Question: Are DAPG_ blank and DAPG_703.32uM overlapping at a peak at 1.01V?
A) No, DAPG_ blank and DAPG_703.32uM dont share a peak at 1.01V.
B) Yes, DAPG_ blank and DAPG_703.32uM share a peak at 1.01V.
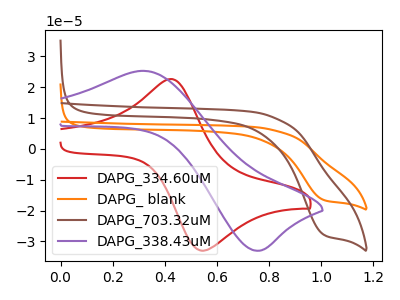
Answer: <think>The red curve "DAPG_334.60uM" has an anodic peak at (0.45V, 22.65uA) and a cathodic peak at (0.55V, -33.05uA). The orange curve "DAPG_ blank" has a cathodic peak at: (1.00V, -16.50uA). The brown curve "DAPG_703.32uM" has a cathodic peak at: (1.00V, -27.75uA). The purple curve "DAPG_338.43uM" has an anodic peak at (0.30V, 25.30uA) and a cathodic peak at (0.75V, -33.00uA).</think>
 <answer>B) Yes, "DAPG_ blank" and "DAPG_703.32uM" share a peak at 1.01V.</answer>
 <eval>B</eval>